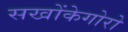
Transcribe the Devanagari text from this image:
सखोंकेगोरो